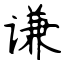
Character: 谦